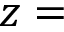
z =